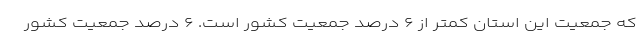
که جمعیت این استان کمتر از ۶ درصد جمعیت کشور است. ۶ درصد جمعیت کشور